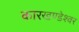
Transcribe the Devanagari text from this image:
कारखण्डेश्वर